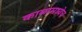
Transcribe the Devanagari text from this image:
काळामध्येच